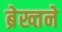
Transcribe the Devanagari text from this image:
ब्रेख्तने